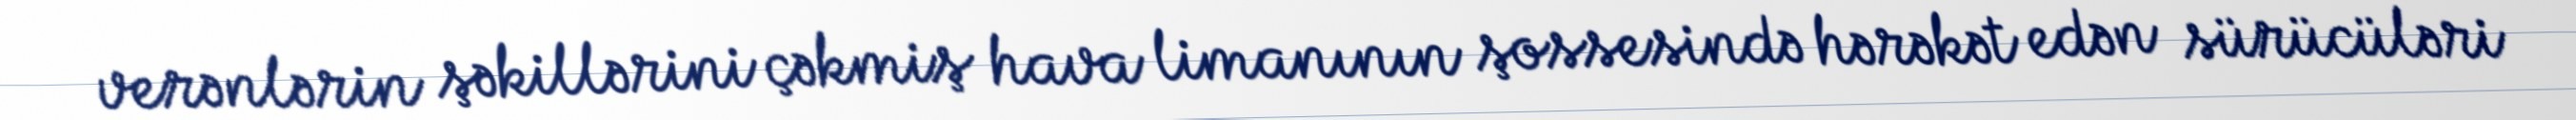
verənlərin şəkillərini çəkmiş hava limanının şossesində hərəkət edən sürücüləri